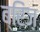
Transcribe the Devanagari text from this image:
ब्रिंज़